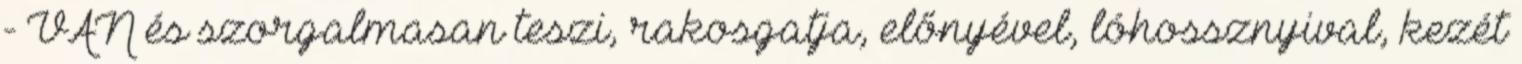
- VAN és szorgalmasan teszi, rakosgatja, előnyével, lóhossznyival, kezét